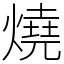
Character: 燒